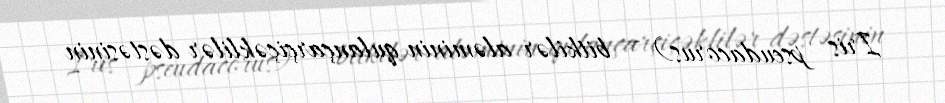
Iris pseudacorus) — bitkilər aləminin qulançarçiçəklilər dəstəsinin